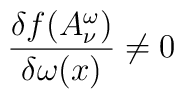
\frac{\delta f(A^{\omega}_{\nu})}{\delta\omega(x)}\neq0